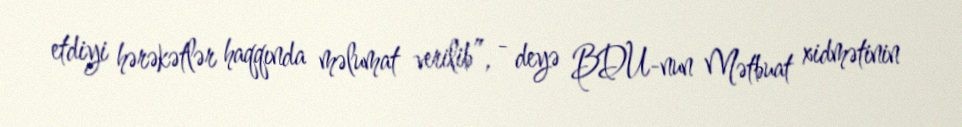
etdiyi hərəkətlər haqqında məlumat verilib”, - deyə BDU-nun Mətbuat xidmətinin